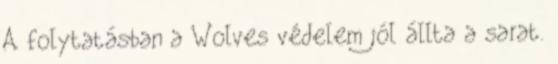
A folytatásban a Wolves védelem jól állta a sarat.